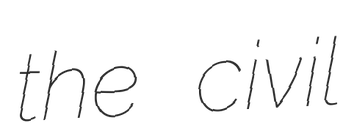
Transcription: the civil